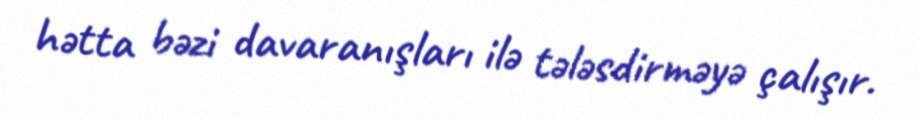
hətta bəzi davaranışları ilə tələsdirməyə çalışır.